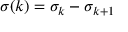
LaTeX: \sigma ( k ) = \sigma _ { k } - \sigma _ { k + 1 }